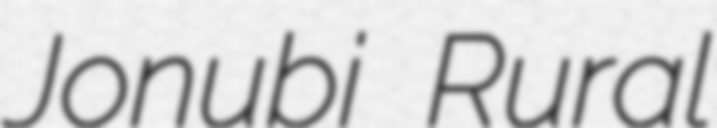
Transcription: Jonubi Rural